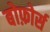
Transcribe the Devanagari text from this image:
बोफ़ोर्स